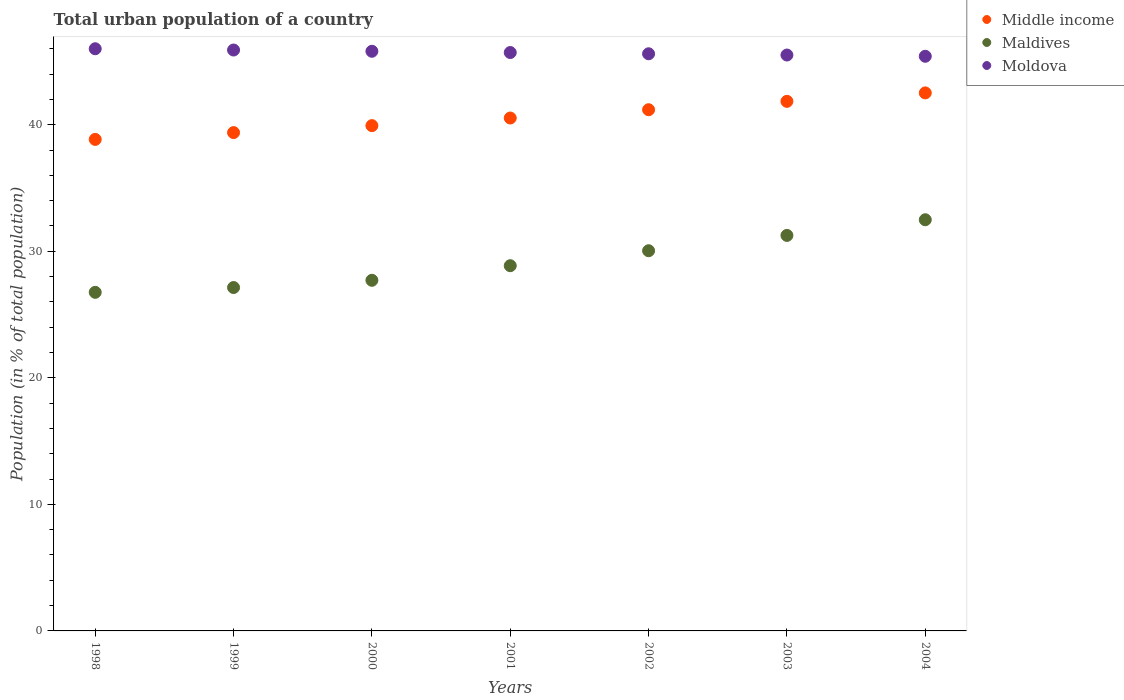
| Years | Middle income | Maldives | Moldova |
 | --- | --- | --- | --- |
 | 1998 | 38.8 | 26.8 | 46 |
 | 1999 | 39.4 | 27.1 | 45.9 |
 | 2000 | 39.9 | 27.7 | 45.8 |
 | 2001 | 40.5 | 28.9 | 45.7 |
 | 2002 | 41.2 | 30 | 45.6 |
 | 2003 | 41.8 | 31.3 | 45.5 |
 | 2004 | 42.5 | 32.5 | 45.4 |